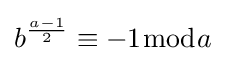
b^{\frac {a-1}{2}}\equiv -1{\bmod {a}}